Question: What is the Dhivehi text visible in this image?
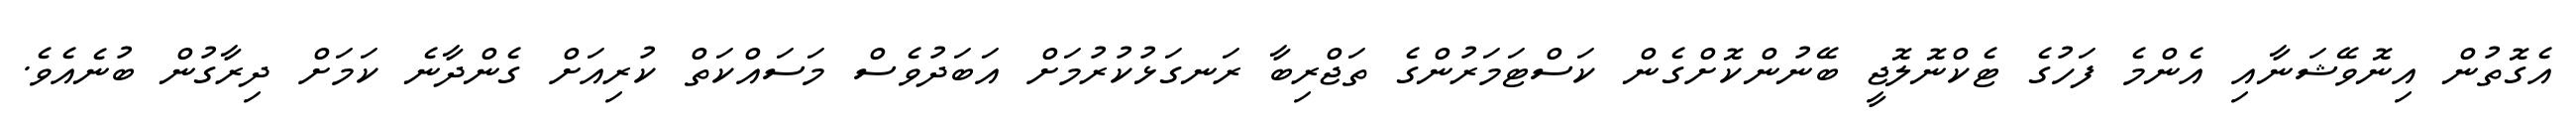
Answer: އެގޮތުން އިނޮވޭޝަނާއި އެންމެ ފަހުގެ ޓެކްނޮލޮޖީ ބޭނުންކޮށްގެން ކަސްޓަމަރުންގެ ތަޖްރިބާ ރަނގަޅުކުރުމަށް އަބަދުވެސް މަސައްކަތް ކުރިއަށް ގެންދާނެ ކަމަށް ދިރާގުން ބުނެއެވެ.